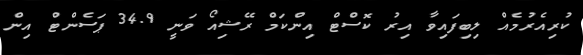
ކުރިއެރުމެއް ލިބިފައިވާ އިރު ކޮސްޓް އިންކަމް ރޭޝިއޯ ވަނީ 34.9 ޕަސެންޓް އިން